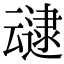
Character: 叇